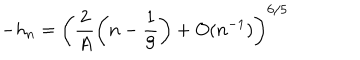
- h _ { n } = \left( \frac 2 A \left( n - \frac 1 9 \right) + O ( n ^ { - 1 } ) \right) ^ { 6 / 5 }